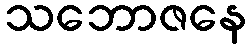
သဘောဇနေ